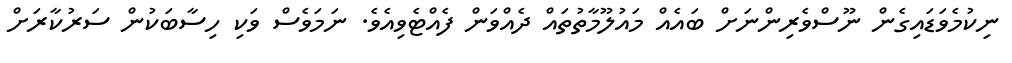
ނިކުމެވަޑައިގެން ނޫސްވެރިންނަށް ބައެއް މައުލޫމާތުތައް ދެއްވަން ފެއްޓެވިއެވެ. ނަމަވެސް ވަކި ހިސާބަކުން ސަރުކާރަށް